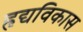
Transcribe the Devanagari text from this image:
हृद्यविकास